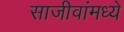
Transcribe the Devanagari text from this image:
साजीवांमध्ये